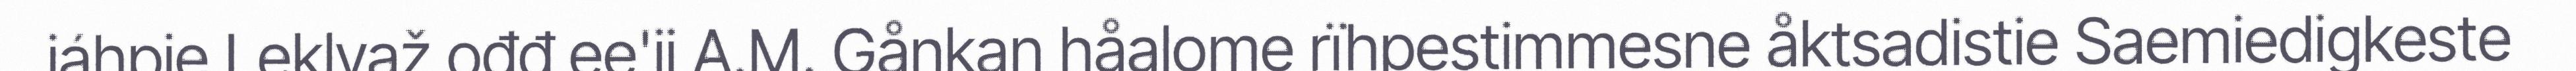
jáhpie Leklvaž ođđ ee'jj A.M. Gånkan håalome rïhpestimmesne åktsadistie Saemiedigkeste